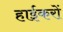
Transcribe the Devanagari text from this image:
हाईकरों